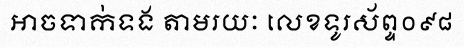
អាចទាក់ទង តាមរយៈ លេខទូរស័ព្ទ០៩៨